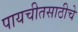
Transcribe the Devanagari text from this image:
पायचीतसाठीचे